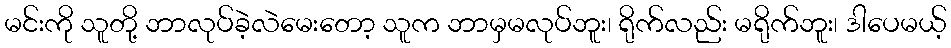
မင်းကို သူတို့ ဘာလုပ်ခဲ့လဲမေးတော့ သူက ဘာမှမလုပ်ဘူး၊ ရိုက်လည်း မရိုက်ဘူး၊ ဒါပေမယ့်